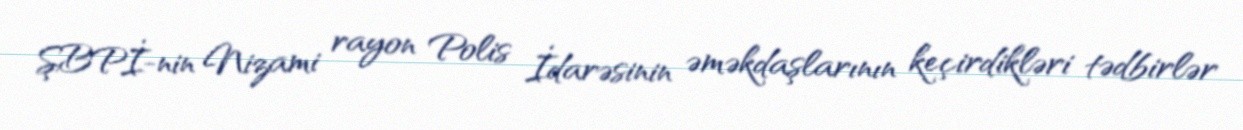
ŞBPİ-nin Nizami rayon Polis İdarəsinin əməkdaşlarının keçirdikləri tədbirlər